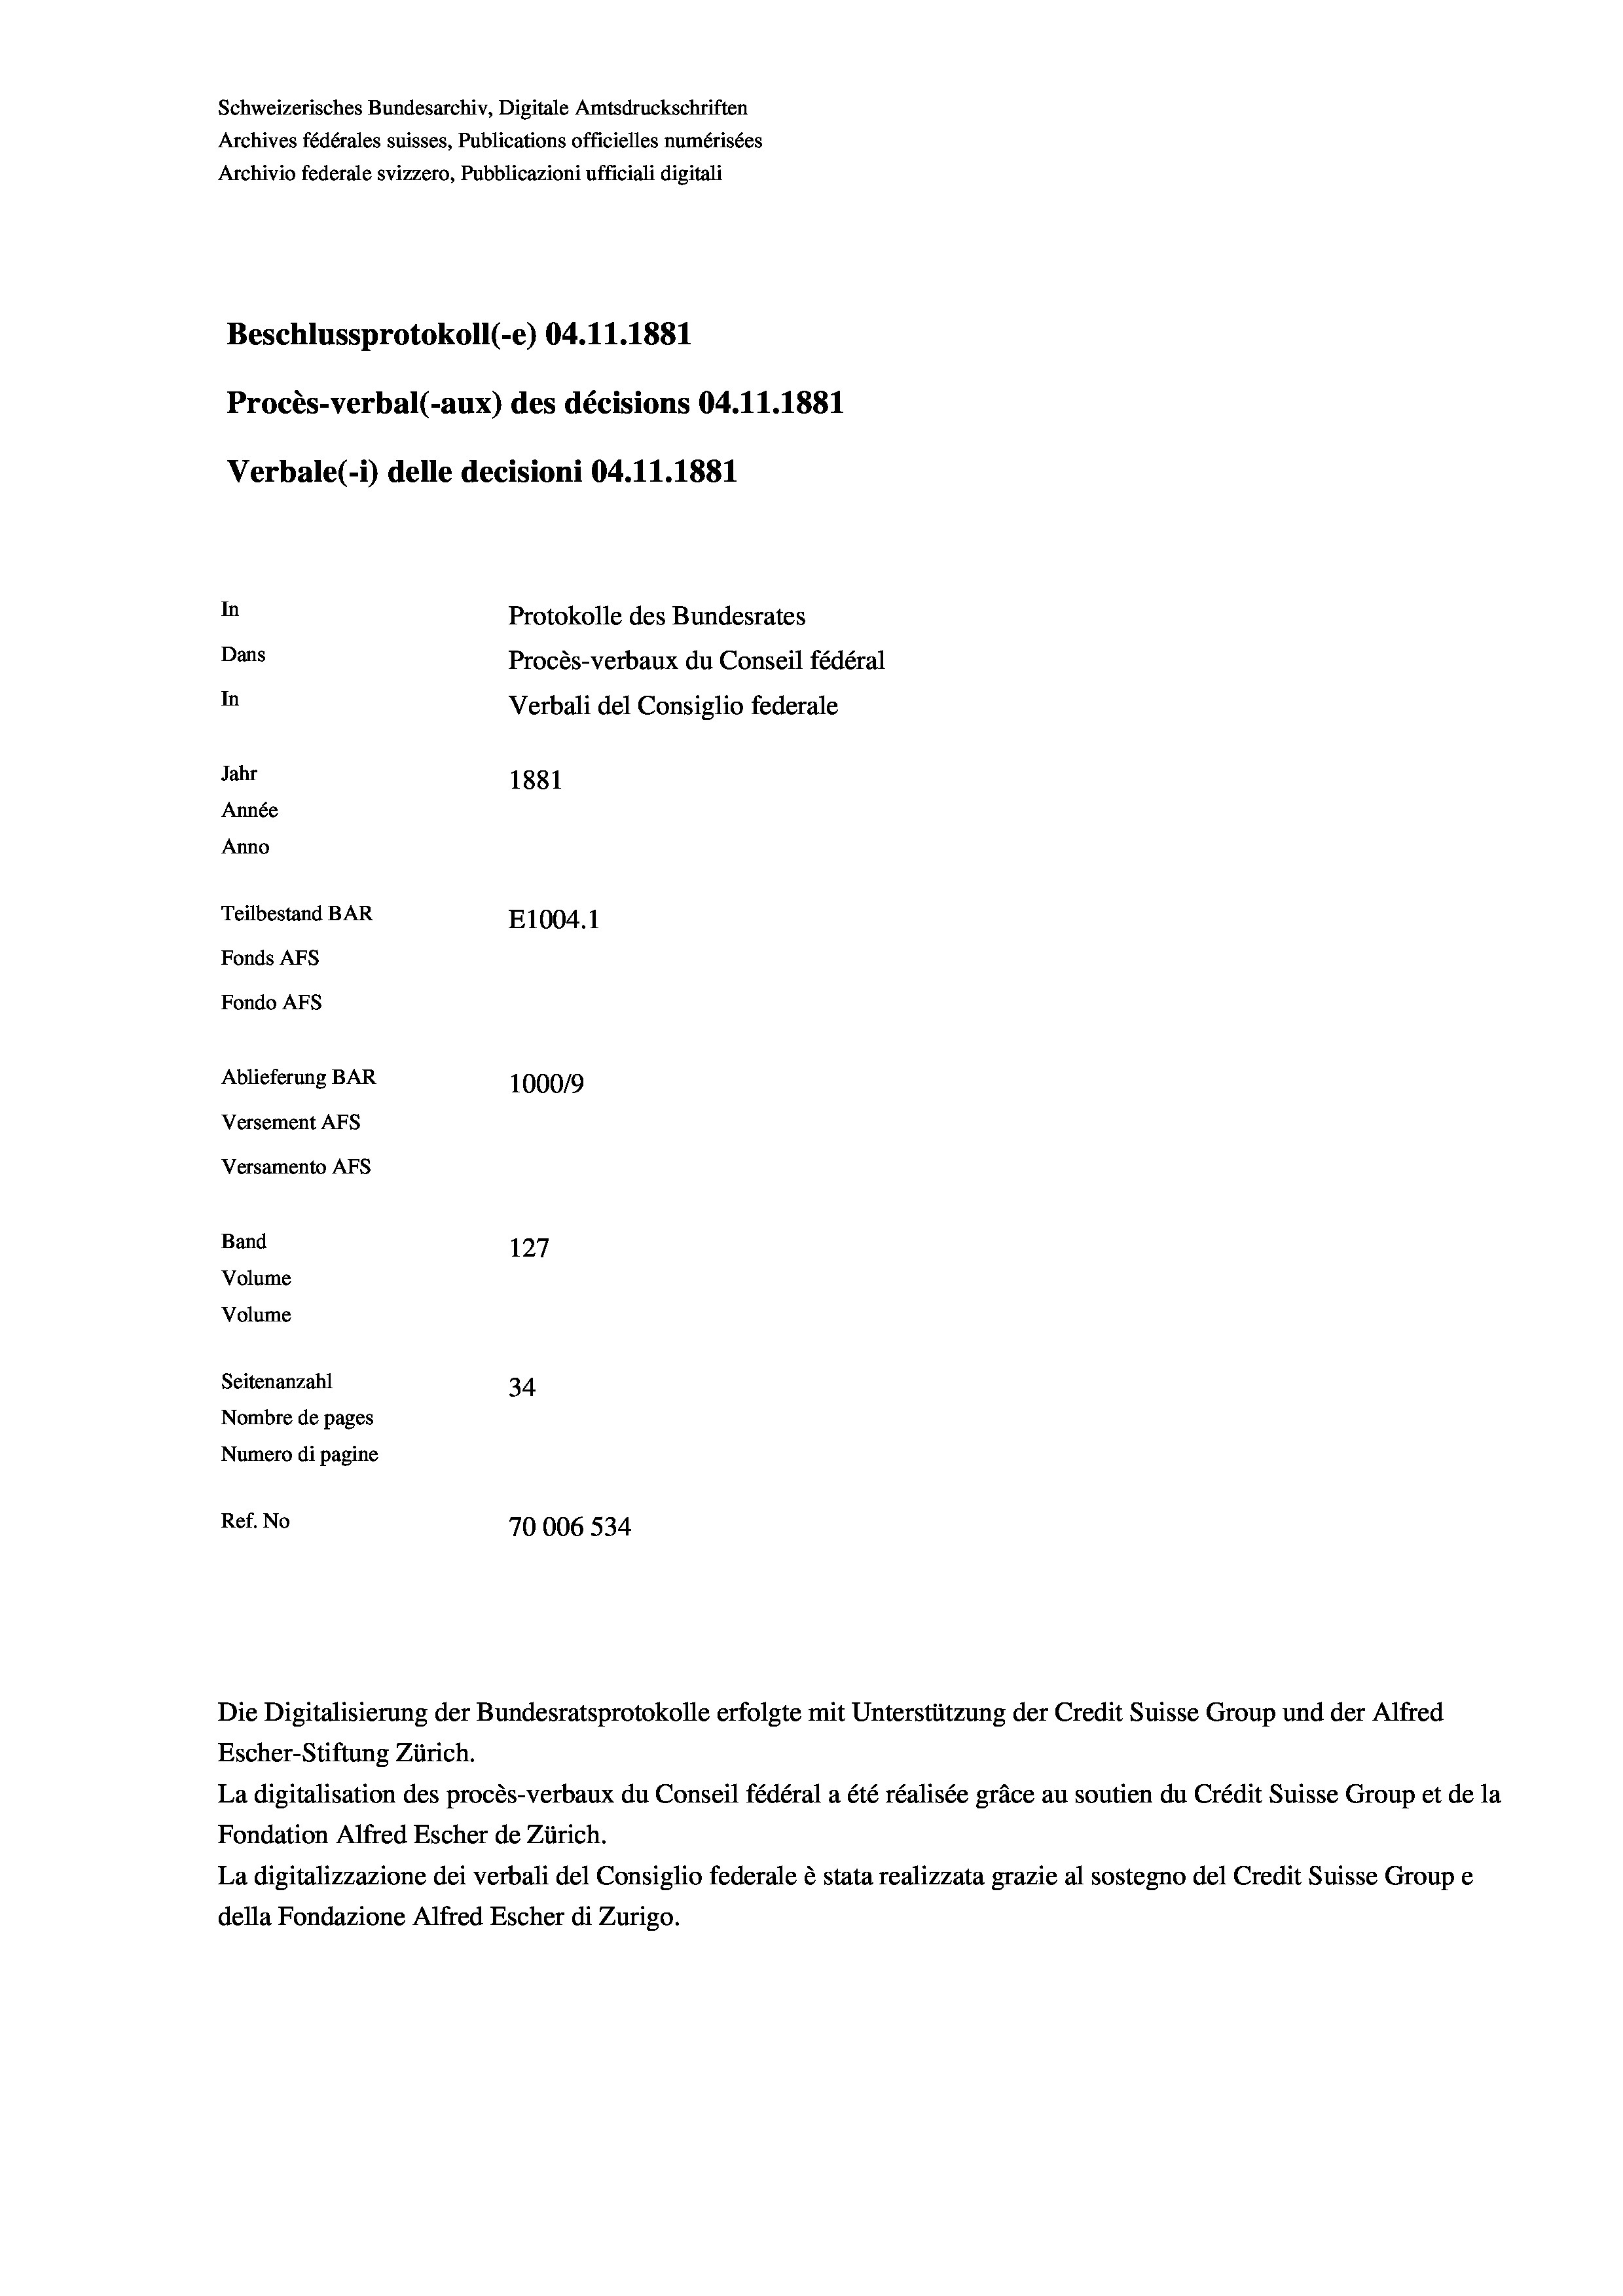
Schweizerisches Bundesarchiv, Digitale Amtsdruckschriften
Archives fédérales suisses, Publications officielles numérisées
Archivio federale svizzero, Pubblicazioni ufficiali digitali
Beschlussprotokoll (-e) 04.11.1881
Procès-verbal (-aux) des décisions 04.11.1881
Verbale (i) delle decisioni 04.11.1881
In
Protokolle des Bundesrates
Dans
Procès-verbaux du Conseil fédéral
In
Verbali del Consiglio federale
Jahr
1881
Année
Anno
Teilbestand BAR
E1004.1
Fonds AFs
Fondo AFs
Ablieferung BAR
1000/9
Versement Abs
Versamento AFs
Band
127
Volume
Volume
Seitenanzahl
34
Nombre de pages
Numero di pagine
Ref. No
70006 534

Die Digitalisierung der Bundesratsprotokolle erfolgte mit Unterstützung der Credit Suisse Group und der Alfred
Escher-Stiftung Zürich.
La digitalisation des procès-verbaux du Conseil fédéral a été réalisée gräce au soutien du Crédit Suisse Group et de la
Fondation Alfred Escher de Zürich.
La digitalizzazione dei verbali del Consiglio federale è stata realizzata grazie al sostegno del Credit Suisse Groupe
della Fondazione Alfred Escher di Zurigo.